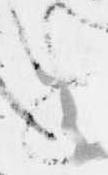
と